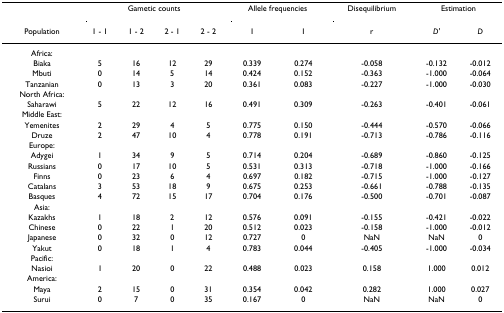
<table><thead><tr><td></td><td colspan="4"><b>Gametic counts</b></td><td colspan="2"><b>Allele frequencies</b></td><td><b>Disequilibrium</b></td><td colspan="2"><b>Estimation</b></td></tr><tr><td><b>Population</b></td><td><b>1 - 1</b></td><td><b>1 - 2</b></td><td><b>2 - 1</b></td><td><b>2 - 2</b></td><td><b>1</b></td><td><b>1</b></td><td><b>r</b></td><td><b><i>D&#x27;</i></b></td><td><b><i>D</i></b></td></tr></thead><tbody><tr><td>Africa:</td><td></td><td></td><td></td><td></td><td></td><td></td><td></td><td></td><td></td></tr><tr><td>Biaka</td><td>5</td><td>16</td><td>12</td><td>29</td><td>0.339</td><td>0.274</td><td>-0.058</td><td>-0.132</td><td>-0.012</td></tr><tr><td>Mbuti</td><td>0</td><td>14</td><td>5</td><td>14</td><td>0.424</td><td>0.152</td><td>-0.363</td><td>-1.000</td><td>-0.064</td></tr><tr><td>Tanzanian</td><td>0</td><td>13</td><td>3</td><td>20</td><td>0.361</td><td>0.083</td><td>-0.227</td><td>-1.000</td><td>-0.030</td></tr><tr><td>North Africa:</td><td></td><td></td><td></td><td></td><td></td><td></td><td></td><td></td><td></td></tr><tr><td>Saharawi</td><td>5</td><td>22</td><td>12</td><td>16</td><td>0.491</td><td>0.309</td><td>-0.263</td><td>-0.401</td><td>-0.061</td></tr><tr><td>Middle East:</td><td></td><td></td><td></td><td></td><td></td><td></td><td></td><td></td><td></td></tr><tr><td>Yemenites</td><td>2</td><td>29</td><td>4</td><td>5</td><td>0.775</td><td>0.150</td><td>-0.444</td><td>-0.570</td><td>-0.066</td></tr><tr><td>Druze</td><td>2</td><td>47</td><td>10</td><td>4</td><td>0.778</td><td>0.191</td><td>-0.713</td><td>-0.786</td><td>-0.116</td></tr><tr><td>Europe:</td><td></td><td></td><td></td><td></td><td></td><td></td><td></td><td></td><td></td></tr><tr><td>Adygei</td><td>1</td><td>34</td><td>9</td><td>5</td><td>0.714</td><td>0.204</td><td>-0.689</td><td>-0.860</td><td>-0.125</td></tr><tr><td>Russians</td><td>0</td><td>17</td><td>10</td><td>5</td><td>0.531</td><td>0.313</td><td>-0.718</td><td>-1.000</td><td>-0.166</td></tr><tr><td>Finns</td><td>0</td><td>23</td><td>6</td><td>4</td><td>0.697</td><td>0.182</td><td>-0.715</td><td>-1.000</td><td>-0.127</td></tr><tr><td>Catalans</td><td>3</td><td>53</td><td>18</td><td>9</td><td>0.675</td><td>0.253</td><td>-0.661</td><td>-0.788</td><td>-0.135</td></tr><tr><td>Basques</td><td>4</td><td>72</td><td>15</td><td>17</td><td>0.704</td><td>0.176</td><td>-0.500</td><td>-0.701</td><td>-0.087</td></tr><tr><td>Asia:</td><td></td><td></td><td></td><td></td><td></td><td></td><td></td><td></td><td></td></tr><tr><td>Kazakhs</td><td>1</td><td>18</td><td>2</td><td>12</td><td>0.576</td><td>0.091</td><td>-0.155</td><td>-0.421</td><td>-0.022</td></tr><tr><td>Chinese</td><td>0</td><td>22</td><td>1</td><td>20</td><td>0.512</td><td>0.023</td><td>-0.158</td><td>-1.000</td><td>-0.012</td></tr><tr><td>Japanese</td><td>0</td><td>32</td><td>0</td><td>12</td><td>0.727</td><td>0</td><td>NaN</td><td>NaN</td><td>0</td></tr><tr><td>Yakut</td><td>0</td><td>18</td><td>1</td><td>4</td><td>0.783</td><td>0.044</td><td>-0.405</td><td>-1.000</td><td>-0.034</td></tr><tr><td>Pacific:</td><td></td><td></td><td></td><td></td><td></td><td></td><td></td><td></td><td></td></tr><tr><td>Nasioi</td><td>1</td><td>20</td><td>0</td><td>22</td><td>0.488</td><td>0.023</td><td>0.158</td><td>1.000</td><td>0.012</td></tr><tr><td>America:</td><td></td><td></td><td></td><td></td><td></td><td></td><td></td><td></td><td></td></tr><tr><td>Maya</td><td>2</td><td>15</td><td>0</td><td>31</td><td>0.354</td><td>0.042</td><td>0.282</td><td>1.000</td><td>0.027</td></tr><tr><td>Surui</td><td>0</td><td>7</td><td>0</td><td>35</td><td>0.167</td><td>0</td><td>NaN</td><td>NaN</td><td>0</td></tr></tbody></table>